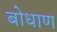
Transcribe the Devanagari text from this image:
बोधाण